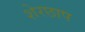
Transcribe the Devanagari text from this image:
शेरछाप